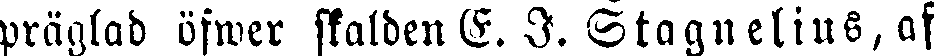
präglad öfwer skalden E. I. Stagnelius, af